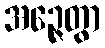
အဉ္ဇေတွာ